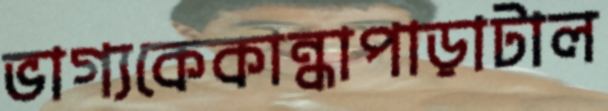
ভাগ্যকেকান্ধাপাড়াটাল